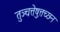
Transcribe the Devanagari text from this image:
तुञ्चत्तेष़ुत्तच्छन